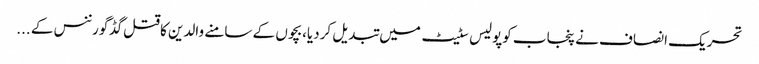
تحریک انصاف نے پنجاب کوپولیس سٹیٹ میں تبدیل کردیا،بچوں کے سامنے والدین کاقتل گڈگورننس کے ...